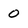
Character: 0